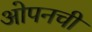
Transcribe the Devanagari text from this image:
ओपनची